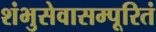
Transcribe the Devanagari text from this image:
शंभुसेवासम्पूरितं